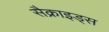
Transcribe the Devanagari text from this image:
सैक्राइड्स